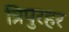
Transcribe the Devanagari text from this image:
त्रिपुरहर